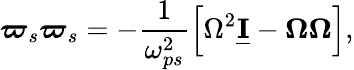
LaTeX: \boldsymbol\varpi_{s}\boldsymbol\varpi_{s}=-\frac{1}{\omega_{ps}^{2}}\Big[\Omega^{2}\underline{{\mathbf I}}-\boldsymbol\Omega\boldsymbol\Omega\Big],